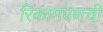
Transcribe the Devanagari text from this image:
रिकामपणची